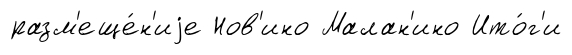
разм'еще́н'иjе Нов'ино Малан'ино Ито́г'и